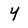
Character: y